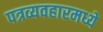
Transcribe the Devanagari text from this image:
पत्रव्यवहारमध्ये